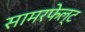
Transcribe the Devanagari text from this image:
सामरफेल्ट